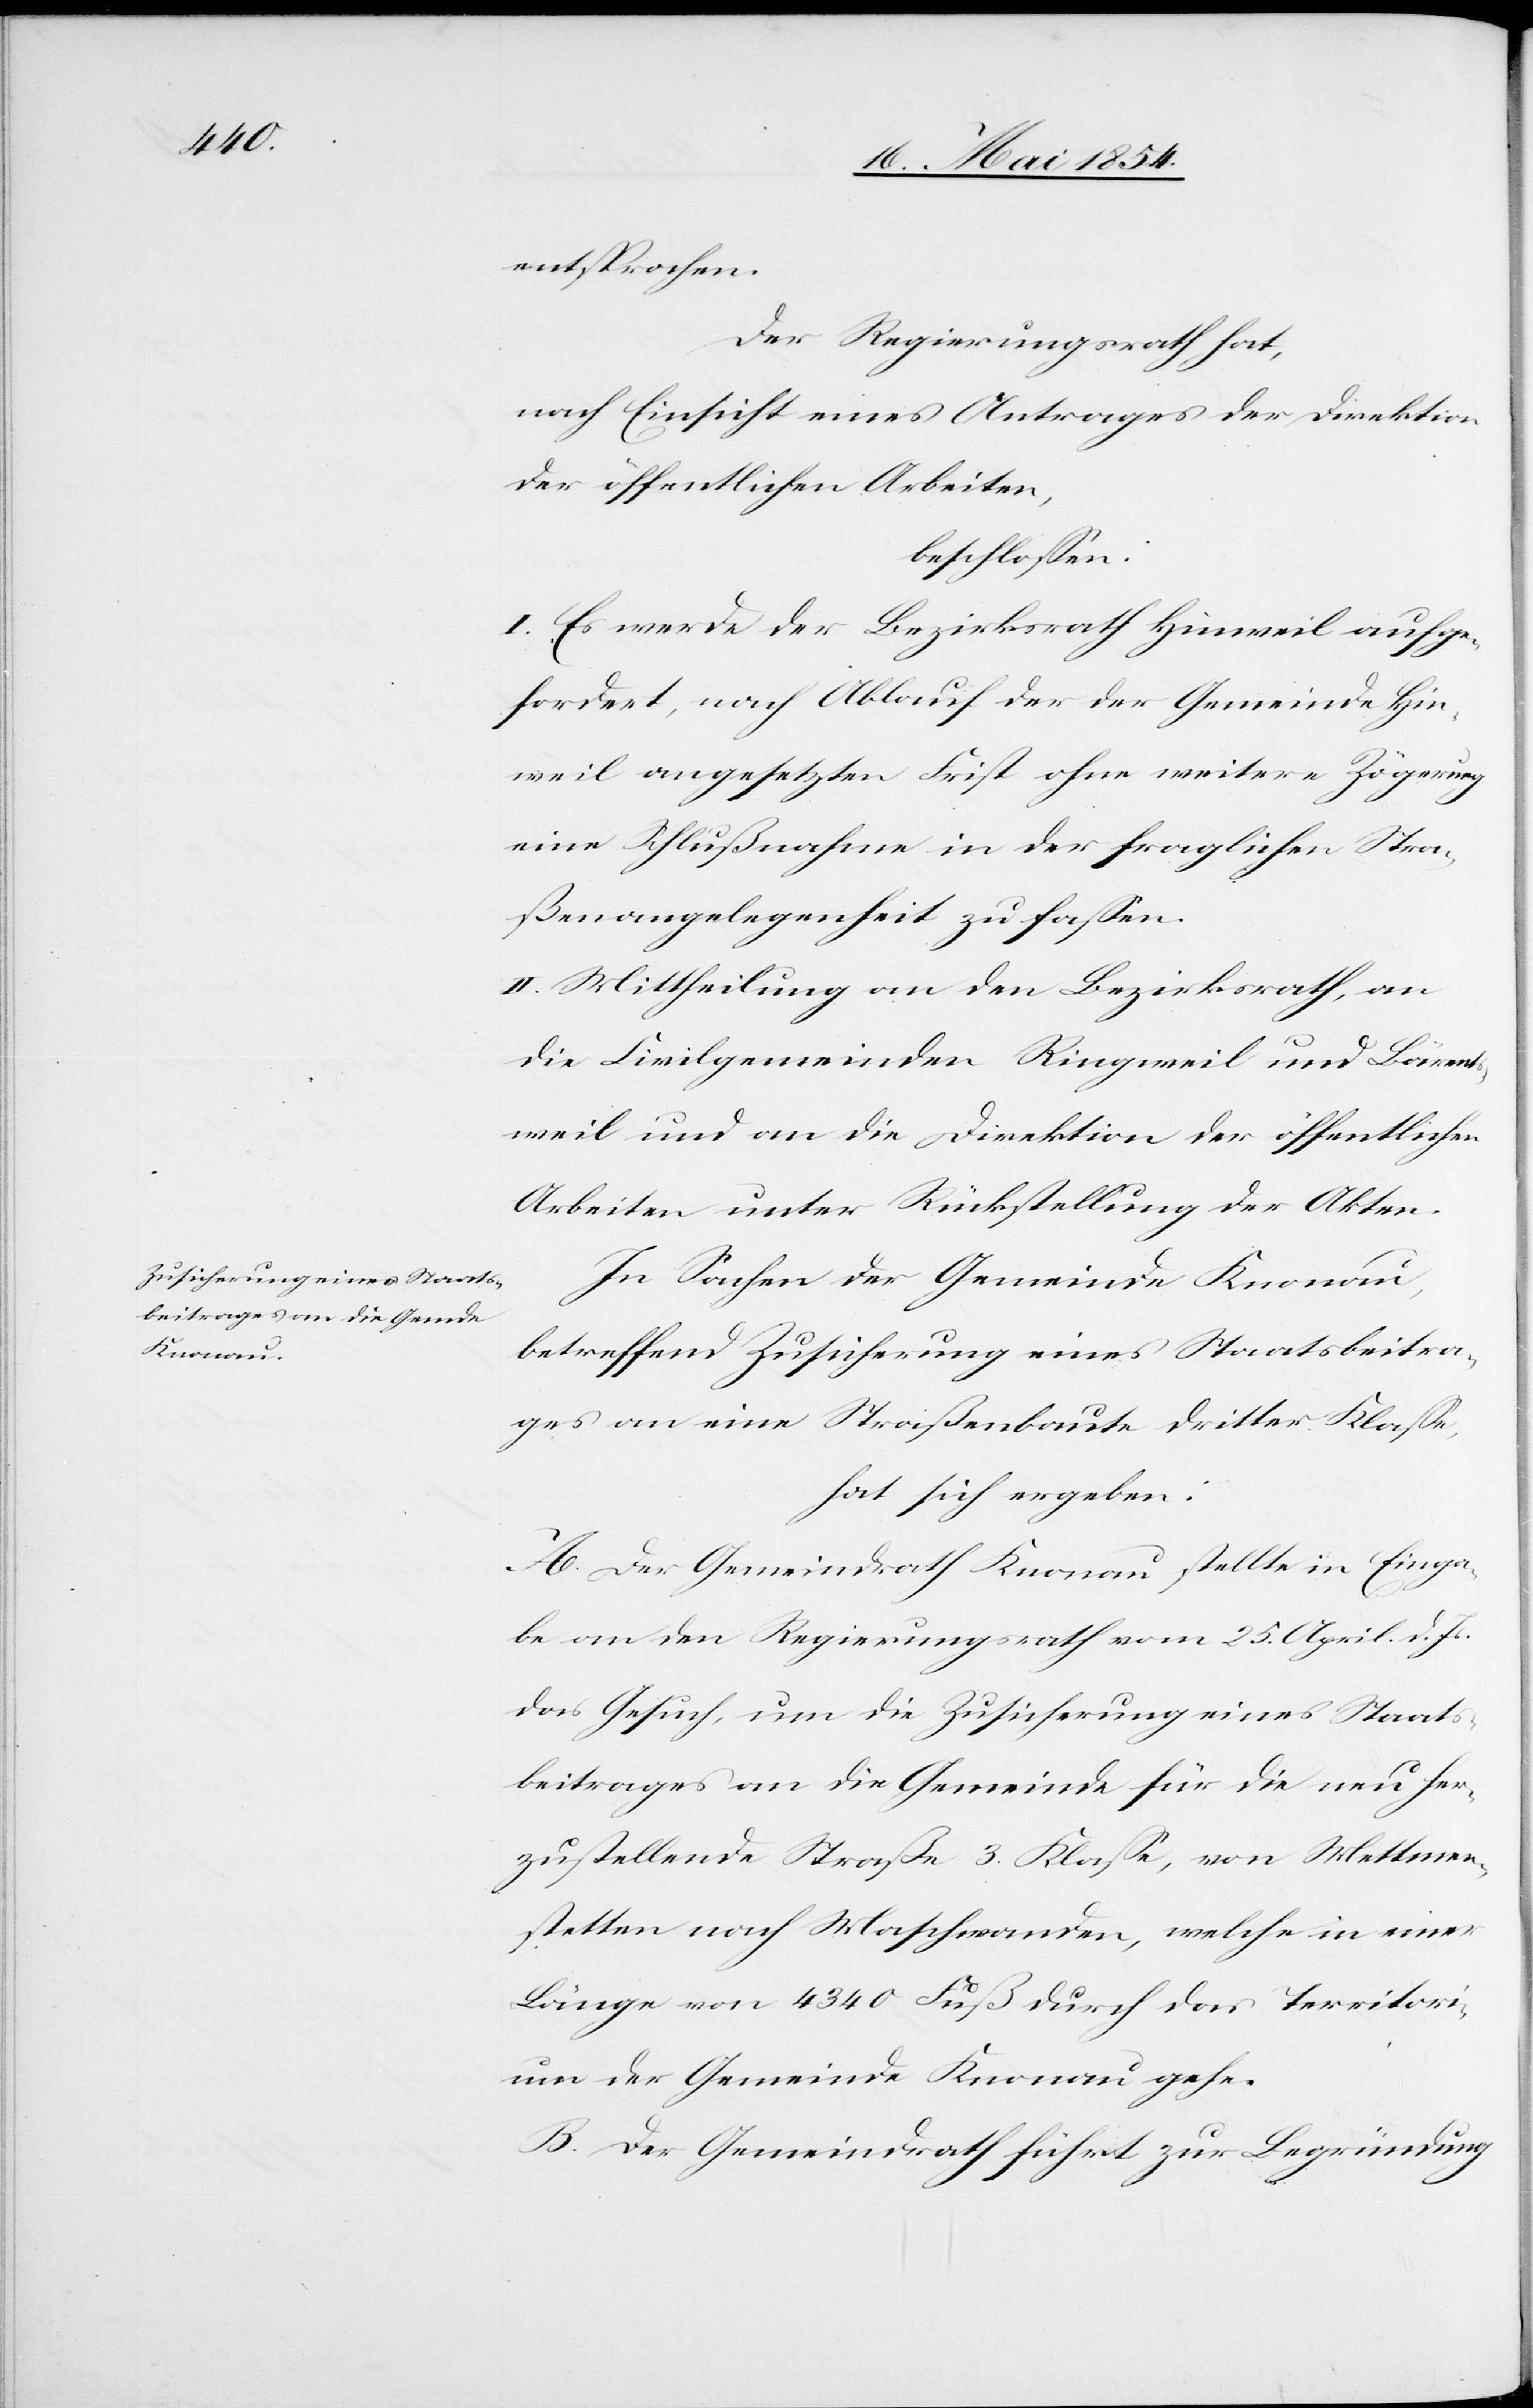
entsprochen.
Der Regierungsrath hat,
nach Einsicht eines Antrages der Direktion
der öffentlichen Arbeiten,
beschloßen:
I. Es werde der Bezirksrath Hinweil aufge¬
fordert, nach Ablauf der der Gemeinde Hin¬
weil angesetzten Frist ohne weitere Zögerung
eine Schlußnahme in der fraglichen Stra¬
ßenangelegenheit zu faßen.
II. Mittheilung an den Bezirksrath, an
die Civilgemeinden Ringweil und Bärents¬
weil und an die Direktion der öffentlichen
Arbeiten unter Rückstellung der Akten.
In Sachen der Gemeinde Knonau,
betreffend Zusicherung eines Staatsbeitra¬
ges an eine Straßenbaute dritter Klaße,
hat sich ergeben:
A. Der Gemeindrath Knonau stellte in Einga¬
be an den Regierungsrath am 25. April d. Js.
das Gesuch, um die Zusicherung eines Staats¬
beitrages an die Gemeinde für die neu her¬
zustellende Straße 3. Klaße, von Mettmen¬
stetten nach Maschwanden, welche in einer
Länge von 4340 Fuß durch das Territori¬
um der Gemeinde Knonau gehe.
B. Der Gemeindrath führt zur Begründung